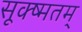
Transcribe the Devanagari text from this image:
सूक्ष्मतम्